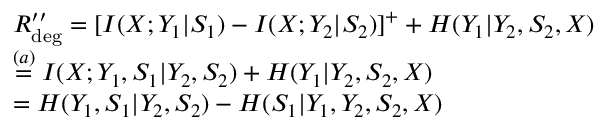
\begin{array} { r l } & { R _ { \mathrm { d e g } } ^ { \prime \prime } = [ I ( X ; Y _ { 1 } | S _ { 1 } ) - I ( X ; Y _ { 2 } | S _ { 2 } ) ] ^ { + } + H ( Y _ { 1 } | Y _ { 2 } , S _ { 2 } , X ) } \\ & { \overset { ( a ) } { = } I ( X ; Y _ { 1 } , S _ { 1 } | Y _ { 2 } , S _ { 2 } ) + H ( Y _ { 1 } | Y _ { 2 } , S _ { 2 } , X ) } \\ & { = H ( Y _ { 1 } , S _ { 1 } | Y _ { 2 } , S _ { 2 } ) - H ( S _ { 1 } | Y _ { 1 } , Y _ { 2 } , S _ { 2 } , X ) } \end{array}